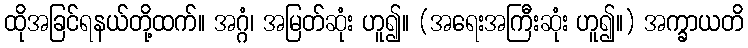
ထိုအခြင်ရနယ်တို့ထက်။ အဂ္ဂံ၊ အမြတ်ဆုံး ဟူ၍။ (အရေးအကြီးဆုံး ဟူ၍။) အက္ခာယတိ